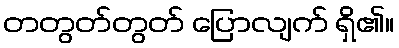
တတွတ်တွတ် ပြောလျက် ရှိ၏။